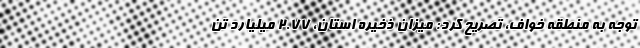
توجه به منطقه خواف، تصریح ‌کرد: میزان ذخیره استان، ۲.۷۷ میلیارد تن